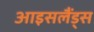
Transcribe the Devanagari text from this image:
आइसलैंड्स